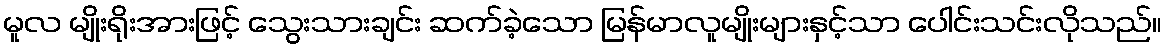
မူလ မျိုးရိုးအားဖြင့် သွေးသားချင်း ဆက်ခဲ့သော မြန်မာလူမျိုးများနှင့်သာ ပေါင်းသင်းလိုသည်။